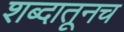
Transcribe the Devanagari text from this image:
शब्दातूनच